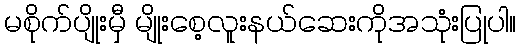
မစိုက်ပျိုးမှီ မျိုးစေ့လူးနယ်ဆေးကိုအသုံးပြုပါ။